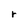
Character: r